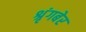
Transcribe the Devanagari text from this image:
श्रृंगबेर